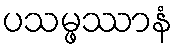
ပသမ္ဖဿာနံ